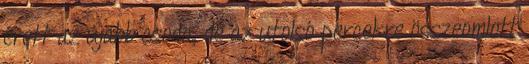
érett az újabb csoda, de az utolsó percekre összeomlott